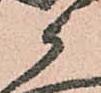
候